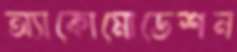
অ্যাকোমোডেশন